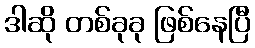
ဒါဆို တစ်ခုခု ဖြစ်နေပြီ